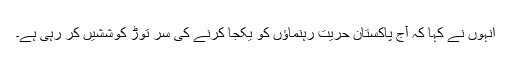
انہوں نے کہا کہ آج پاکستان حریت رہنماؤں کو یکجا کرنے کی سر توڑ کوششیں کر رہی ہے۔